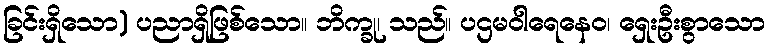
ခြင်းရှိသော) ပညာရှိဖြစ်သော။ ဘိက္ခု၊ သည်။ ပဌမဝါရေနေဝ၊ ရှေးဦးစွာသော